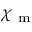
\chi _ { \mathrm { ~ m ~ } }